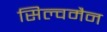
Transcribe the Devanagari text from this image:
सिल्वमैन